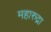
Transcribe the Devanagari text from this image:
महारुद्रा